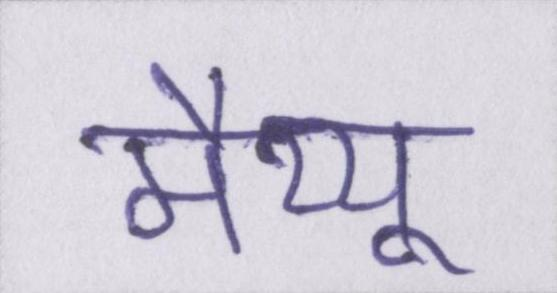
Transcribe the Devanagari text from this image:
मैथ्यू